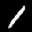
Label: 1